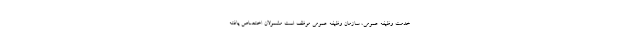
خدمت وظیفه عمومی، سازمان وظیفه عمومی موظف است مشمولان اختصاص یافته